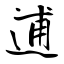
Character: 逋